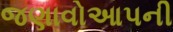
જણાવોઆપની